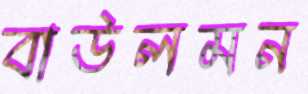
বাউলমন